342_HS1-416511228_319.1 Flying Discs 1949
Agency: Department of War
Incident date: 1/9/50
Page 89
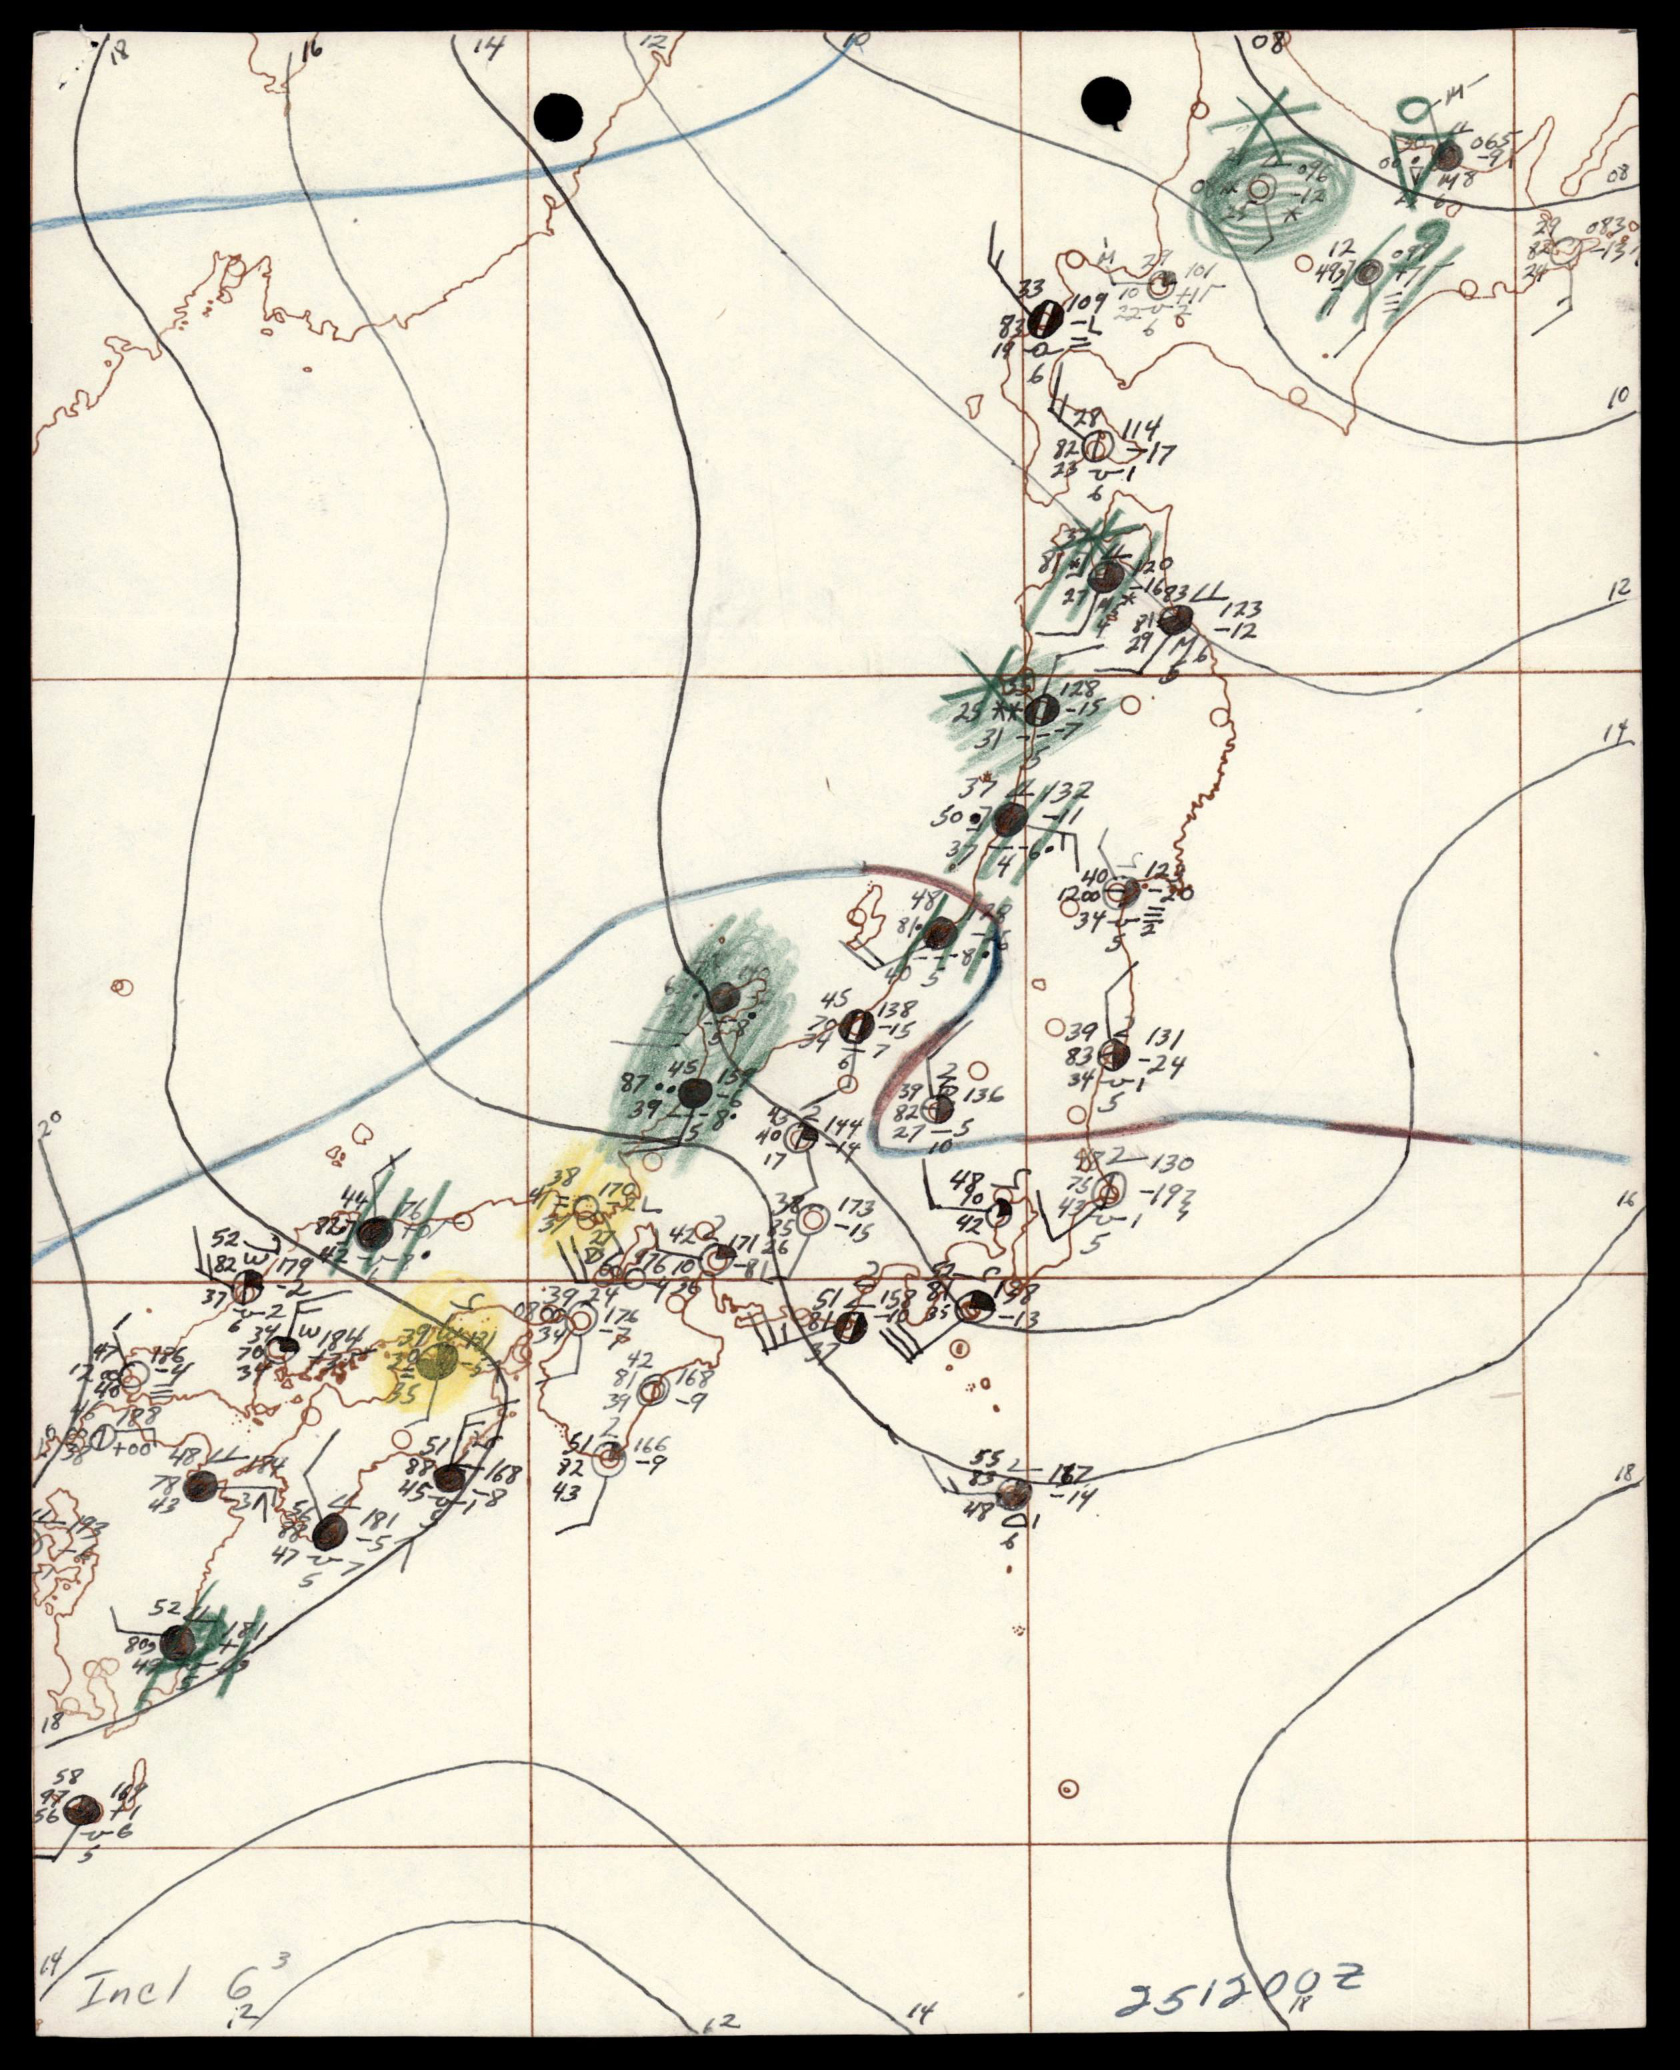